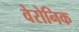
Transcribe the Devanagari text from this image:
वेरोनिक